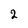
Character: 2